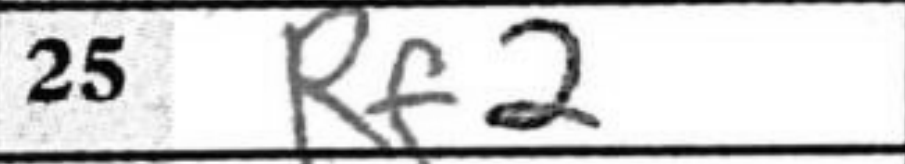
Transcription: Rf2